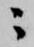
ニ